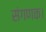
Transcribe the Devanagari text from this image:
संगणक।